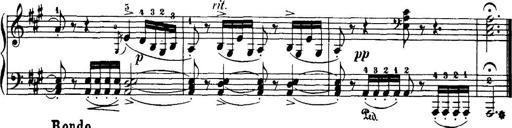
Title: 7 Sonatinas
Composer: Anton Diabelli